Insane asylums in Bengal annual reports 1867-1875 - 1867-1875
Year: 1867
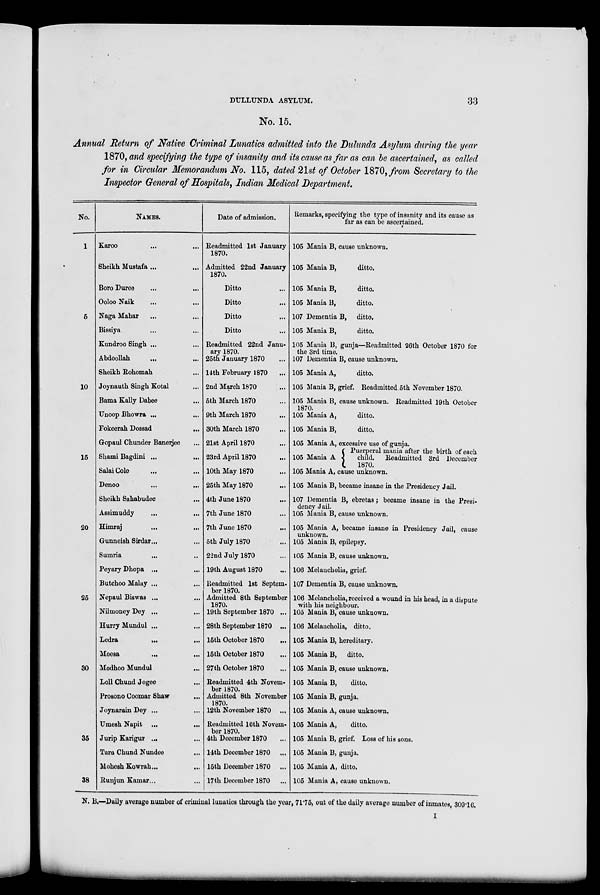
DULLUNDA ASYLUM.
33
No. 15.
Annual Return of Native Criminal Lunatics admitted into the Dulunda Asylum during the year
1870, and specifying the type of insanity and its cause as far as can be ascertained, as called
for in Circular Memorandum No. 115, dated 21st of October 1870, from Secretary to the
Inspector General of Hospitals, Indian Medical Department.
No.
1
5
10
15
20
25
30
35
38
NAMES.
Karoo ... ...
Sheikh Mustafa ... ...
Boro Duree ... ...
Ooloo Naik ... ...
Naga Mahar ... ...
Bissiya ... ...
Kundroo Singh ... ...
Abdoollah
... ...
Sheikh Rohomah ...
Joynauth Singh Kotal ...
Bama Kally Dabee ...
Unoop Bhowra ... ...
Fokeerah Dossad ...
Gopaul Chunder Banerjee ...
Shami Bagdini ... ...
Salai Cole ... ...
Denoo
...
...
Sheikh Sahabudec ...
Assimuddy
... ...
Himraj
...
...
Gunneish Sirdar... ...
Sumria ... ...
Peyary Dhopa ... ...
Butchoo Malay ... ...
Nepaul Biswas ... ...
Nilmoney Dey ... ...
Hurry Mundul ... ...
Ledra
...
Moesa
...
...
Modhoo Mundul ...
Loll Chund Jogee ...
Prosono Coomar Shaw ...
Joynarain Dey ...
Umesh Napit ...
Jurip Karigur ... ...
Tara Chund Nundee ...
Mohesh Kowrah...
Runjun Kamar... ...
Date of admission.
Readmitted 1st January
1870.
Admitted 22nd January
1870.
Ditto ...
Ditto ...
Ditto ...
Ditto ...
Readmitted 22nd Janu-
ary 1870.
25th January 1870 ...
14th February 1870
...
2nd March 1870 ...
5th March 1870 ...
9th March 1870 ...
30th March 1870 ...
21st April 1870 ...
23rd April 1870 ...
10th May 1870 ...
25th May 1870 ...
4th June 1870 ...
7th June 1870 ...
7th June 1870 ...
5th July 1870 ...
22nd July 1870 ...
19th August 1870 ...
Readmitted 1st Septem-
ber 1870.
Admitted 8th September
1870.
19th September 1870 ...
28th September 1870 ...
15th October 1870 ...
15th October 1870 ...
27th October 1870 ...
Readmitted 4th Novem-
ber 1870.
Admitted 8th November
1870.
12th November 1870 ...
Readmitted 16th Novem-
ber 1870.
4th December 1870 ...
14th December 1870 ...
15th December 1870 ...
17th December 1870 ...
Remarks, specifying the type of insanity and its cause as
far as can be ascertained.
105 Mania B, cause unknown.
105 Mania B,
ditto.
105 Mania B,
ditto.
105 Mania B,
ditto.
107 Dementia B, ditto.
105 Mania B,
ditto.
105 Mania B, gunja—Readmitted 26th October 1870 for
the 3rd time.
107 Dementia B, cause unknown.
105 Mania A,
ditto.
105 Mania B, grief. Readmitted 5th November 1870.
105 Mania B, cause unknown. Readmitted 19th October
1870.
105 Mania A,
ditto.
105 Mania B,
ditto.
105 Mania A, excessive use of gunja.
105 Mania A
Puerperal mania after the birth of each
child. Readmitted 3rd December
1870.
105 Mania A, cause unknown.
105 Mania B, became insane in the Presidency Jail.
107 Dementia B, ebretas ; became insane in the Presi-
dency Jail.
105 Mania B, cause unknown.
105 Mania A, became insane in Presidency Jail, cause
unknown.
105 Mania B, epilepsy.
105 Mania B, cause unknown.
106 Melancholia, grief.
107 Dementia B, cause unknown.
106 Melancholia, received a wound in his head, in a dispute
with his neighbour.
105 Mania B, cause unknown.
106 Melaucholia, ditto.
105 Mania B, hereditary.
105 Mania B, ditto.
105 Mania B, cause unknown.
105 Mania B,
ditto.
105 Mania B, gunja.
105 Mania A, cause unknown.
105 Mania A,
ditto.
105 Mania B, grief. Loss of his sons.
105 Mania B, gunja.
105 Mania A, ditto.
105 Mania A, cause unknown.
N. B.—Daily average number of criminal lunatics through the year, 71.75, out of the daily average number of inmates, 309.16.
I